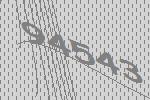
94543